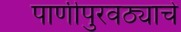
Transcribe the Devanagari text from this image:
पाणीपुरवठ्याचे